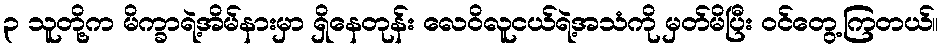
၃ သူတို့က မိက္ခာရဲ့အိမ်နားမှာ ရှိနေတုန်း လေဝိလူငယ်ရဲ့အသံကို မှတ်မိပြီး ဝင်တွေ့ကြတယ်။